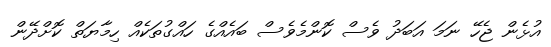
އުޅެން ޖެހޭ ނަމަ އަބަދު ވެސް ކޮންމެވެސް ބައެއްގެ ހައްގުތަކެއް ހިމާޔަތް ކޮށްދޭން